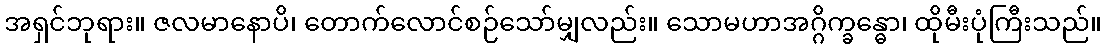
အရှင်ဘုရား။ ဇလမာနောပိ၊ တောက်လောင်စဉ်သော်မျှလည်း။ သောမဟာအဂ္ဂိက္ခန္ဓော၊ ထိုမီးပုံကြီးသည်။